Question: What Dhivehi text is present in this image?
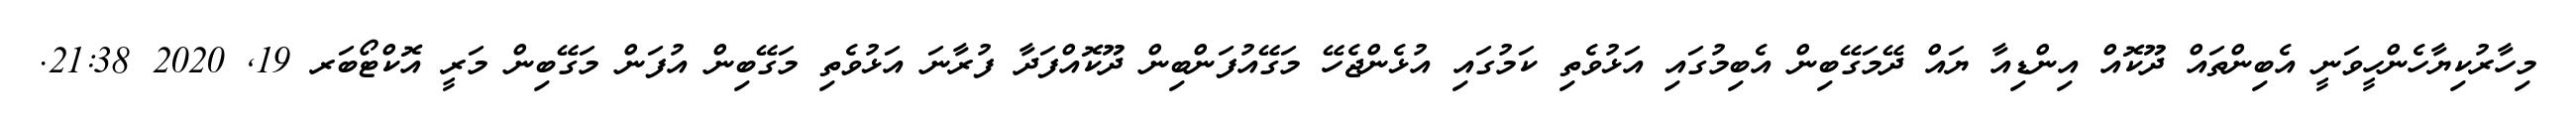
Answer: މިހާރުކިޔާހެންހީވަނީ އެބިންތައް ދޫކޮއް އިންޑިއާ ޔައް ދޭމަގޭބިން އެބިމުގައި އަޅުވެތި ކަމުގައި އުޅެންޖެހޭ މަގޭއުފަންބިން ދޫކޮއްފަދާ ފުރާނަ އަޅުވެތި މަގޭބިން އުފަން މަގޭބިން މަރީ އޮކްޓޯބަރ 19, 2020 21:38.